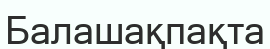
Балашақпақта